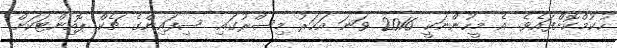
ހުކުމްކޮށްފައެވެ. އެ މީހުންނަކީ 2016 ވަނަ އަހަރު މިސްރުގައި ސިފައިންގެ ޗެކް ޕޮއިންޓަކަށް